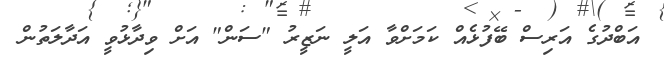
އަބްދުގެ އަރިސް ބޭފުޅެއް ކަމަށްވާ އަލީ ނަޒީރު "ސަން" އަށް ވިދާޅުވީ އަދާލަތުން